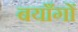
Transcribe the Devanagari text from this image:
बयाँगों